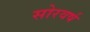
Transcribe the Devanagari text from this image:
सोरवर्ष